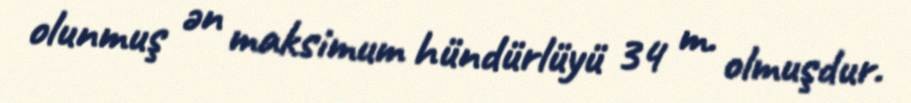
olunmuş ən maksimum hündürlüyü 34 m. olmuşdur.